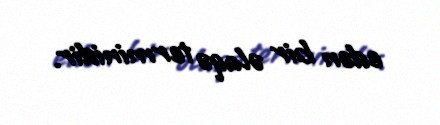
edən bir əlaqə terminidir.